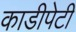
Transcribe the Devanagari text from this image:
काडीपेटी